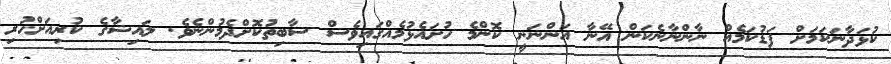
ކުޅަދާނަކަމަށް ފަޑުކަމެއް ނާންނާނެކަން އޭނާ އަންނަނީ ކޮންމެ ހުށައެޅުމެއްގައިވެސް ސާބިތުކޮށްދެމުންނެވެ. ލައިޝާގެ ކުރިއަށްހުރި